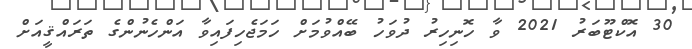
30 އޮކްޓޫބަރު 2021 ވާ ހޮނިހިރު ދުވަހު ބޭއްވުމަށް ހަމަޖެހިފައިވާ އަންހެނުންގެ ތަރައްޤީއަށް